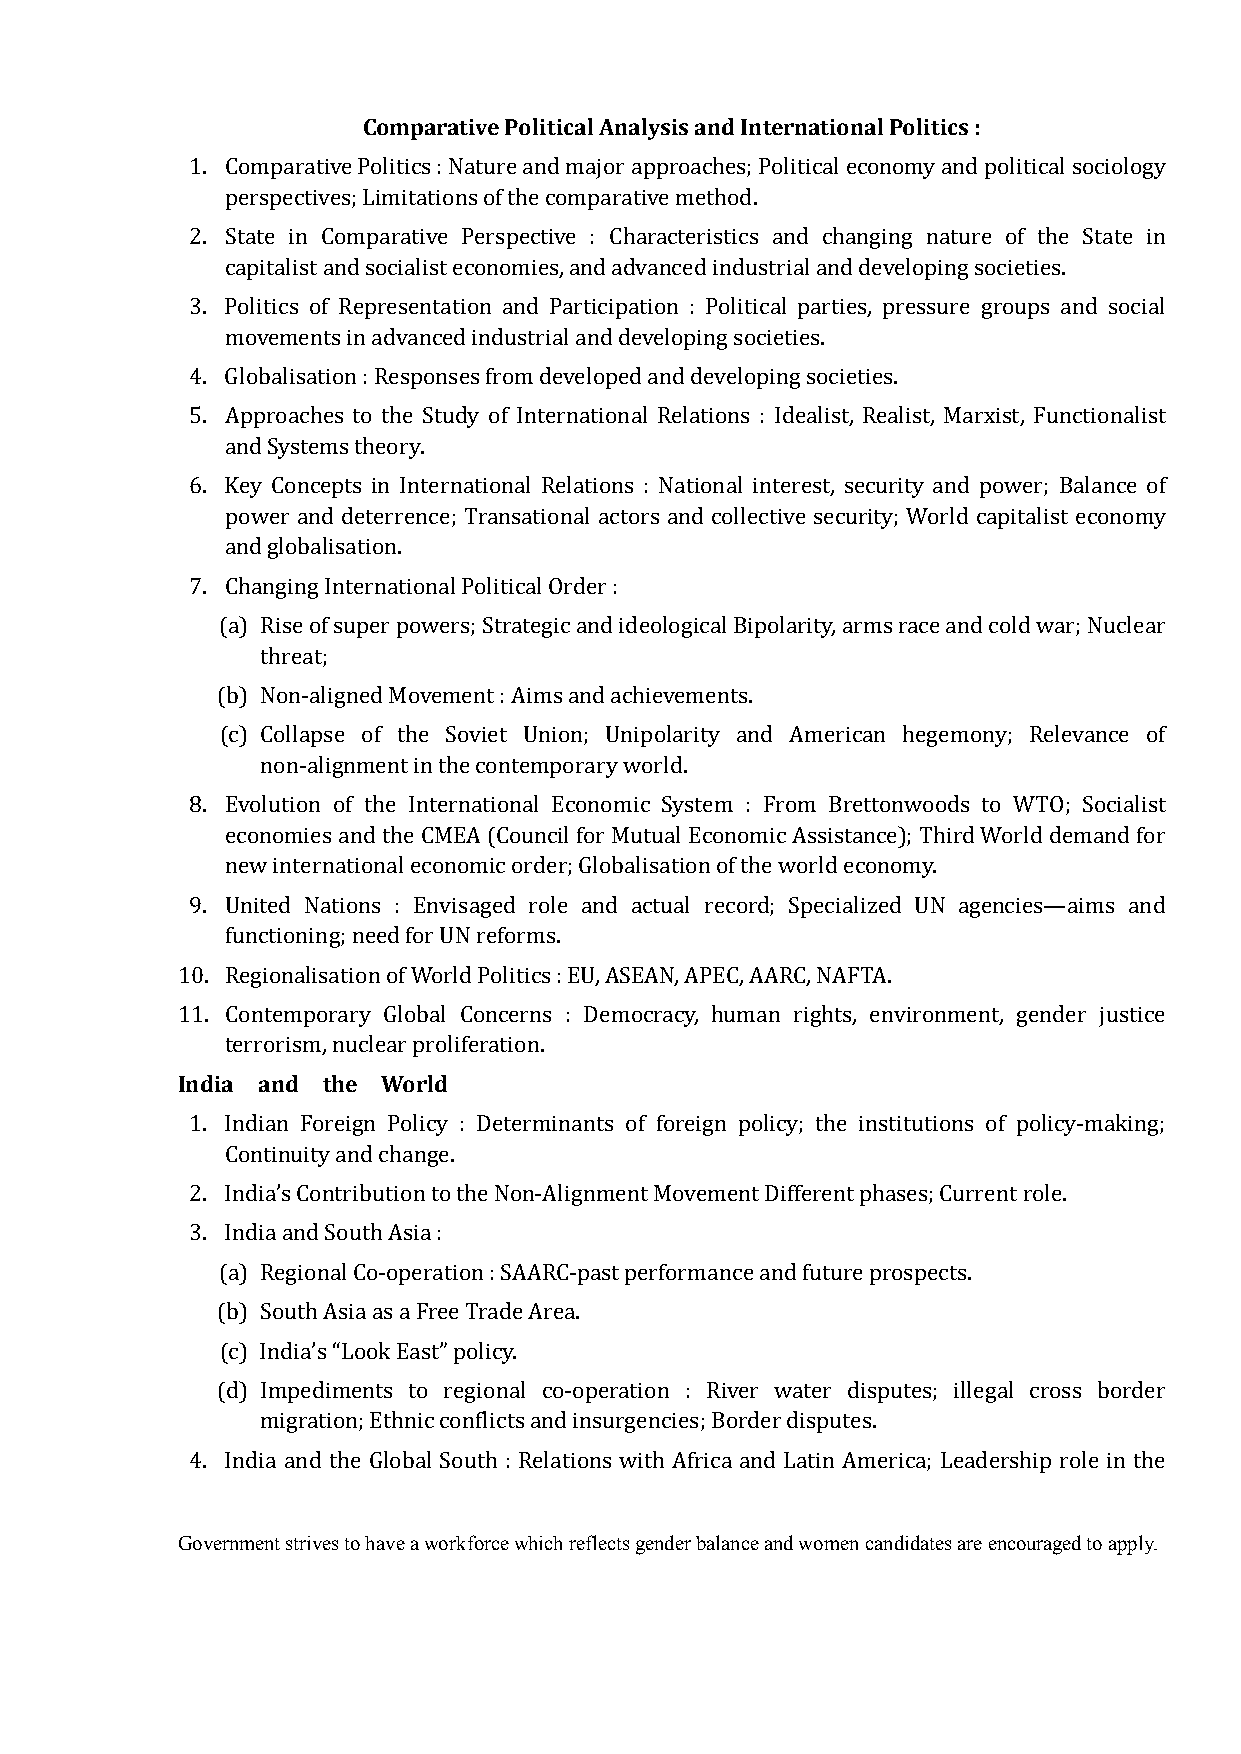
Comparative Political Analysis and International Politics :
 1. Comparative Politics : Nature and major approaches; Political economy and political sociology
 perspectives; Limitations of the comparative method.
 2. State in Comparative Perspective : Characteristics and changing nature of the State in
 capitalist and socialist economies, and advanced industrial and developing societies.
 3. Politics of Representation and Participation : Political parties, pressure groups and social
 movements in advanced industrial and developing societies.
 4. Globalisation : Responses from developed and developing societies.
 5. Approaches to the Study of International Relations : Idealist, Realist, Marxist, Functionalist
 and Systems theory.
 6. Key Concepts in International Relations : National interest, security and power; Balance of
 power and deterrence; Transational actors and collective security; World capitalist economy
 and globalisation.
 7. Changing International Political Order :
 (a) Rise of super powers; Strategic and ideological Bipolarity, arms race and cold war; Nuclear
 threat;
 (b) Non-aligned Movement : Aims and achievements.
 (c) Collapse of the Soviet Union; Unipolarity and American hegemony; Relevance of
 non-alignment in the contemporary world.
 8. Evolution of the International Economic System : From Brettonwoods to WTO; Socialist
 economies and the CMEA (Council for Mutual Economic Assistance); Third World demand for
 new international economic order; Globalisation of the world economy.
 9. United Nations : Envisaged role and actual record; Specialized UN agencies—aims and
 functioning; need for UN reforms.
 10. Regionalisation of World Politics : EU, ASEAN, APEC, AARC, NAFTA.
 11. Contemporary Global Concerns : Democracy, human rights, environment, gender justice
 India and the World
 terrorism, nuclear proliferation.
 1. Indian Foreign Policy : Determinants of foreign policy; the institutions of policy-making;
 Continuity and change.
 2. India’s Contribution to the Non-Alignment Movement Different phases; Current role.
 3. India and South Asia :
 (a) Regional Co-operation : SAARC-past performance and future prospects.
 (b) South Asia as a Free Trade Area.
 (c) India’s “Look East” policy.
 (d) Impediments to regional co-operation : River water disputes; illegal cross border
 migration; Ethnic conflicts and insurgencies; Border disputes.
 4. India and the Global South : Relations with Africa and Latin America; Leadership role in the
 Government strives to have a workforce which reflects gender balance and women candidates are encouraged to apply.